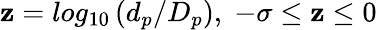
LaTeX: \mathbf{z}=log_{10}\left(d_{p}/D_{p}\right),\; -\sigma\leq\mathbf{z}\leq0